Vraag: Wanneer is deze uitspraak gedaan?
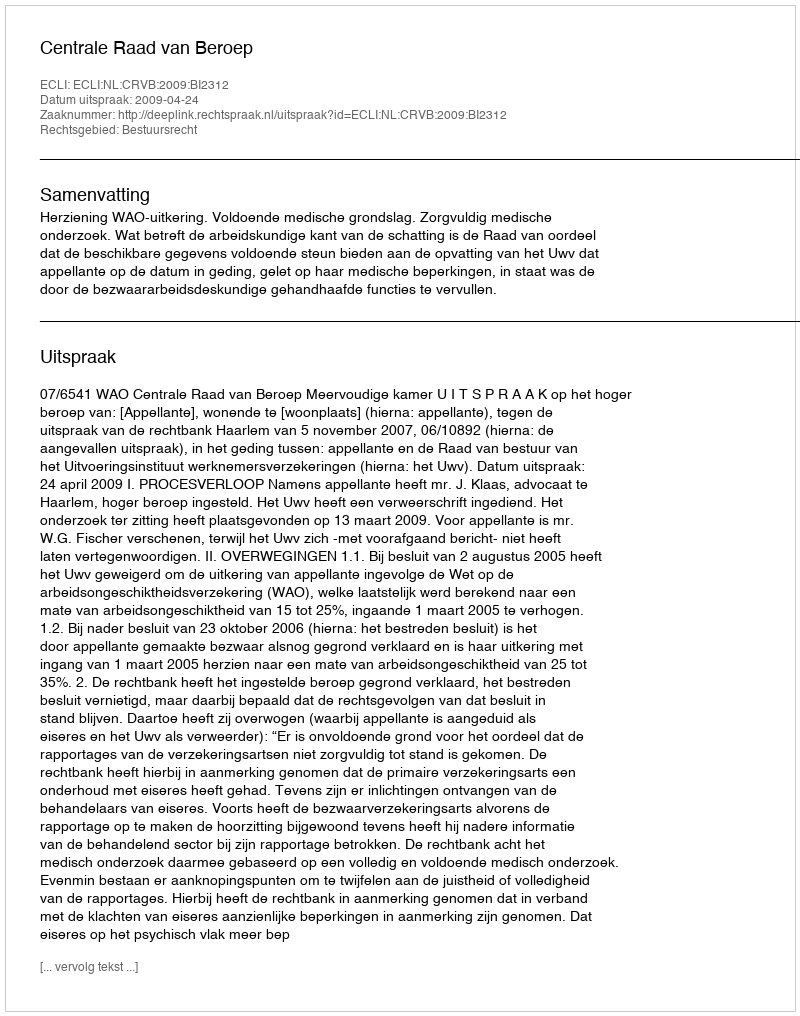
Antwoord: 2009-04-24